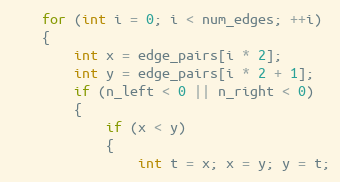
Language: C++
    for (int i = 0; i < num_edges; ++i)
    {
        int x = edge_pairs[i * 2];
        int y = edge_pairs[i * 2 + 1];
        if (n_left < 0 || n_right < 0)
        {
            if (x < y)
            {
                int t = x; x = y; y = t;